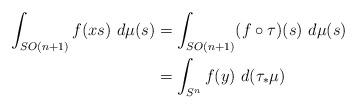
LaTeX: \begin{align*}\int_{SO(n+1)}f(xs)~d\mu(s)&=\int_{SO(n+1)}(f\circ\tau)(s)~d\mu(s)\\&=\int_{S^n}f(y)~d(\tau_\ast \mu)\end{align*}